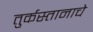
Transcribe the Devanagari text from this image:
तुर्कस्तानाचे